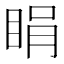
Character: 睊